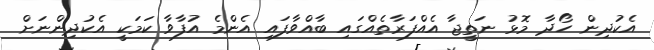
އެކުދިން ހޯދާ މޮޅު ނަތީޖާ އެއްފަރާތެއްގައި ބާއްވާފައި އެންމެ އުފާވާ ކަމަކީ އެކުދިންނަށް